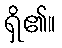
ရှိ၏။